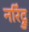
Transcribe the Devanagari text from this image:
नरिंद्रु